Civil Veterinary Dept. Bombay admin report 1923-31 - 1923-1931
Year: 1923
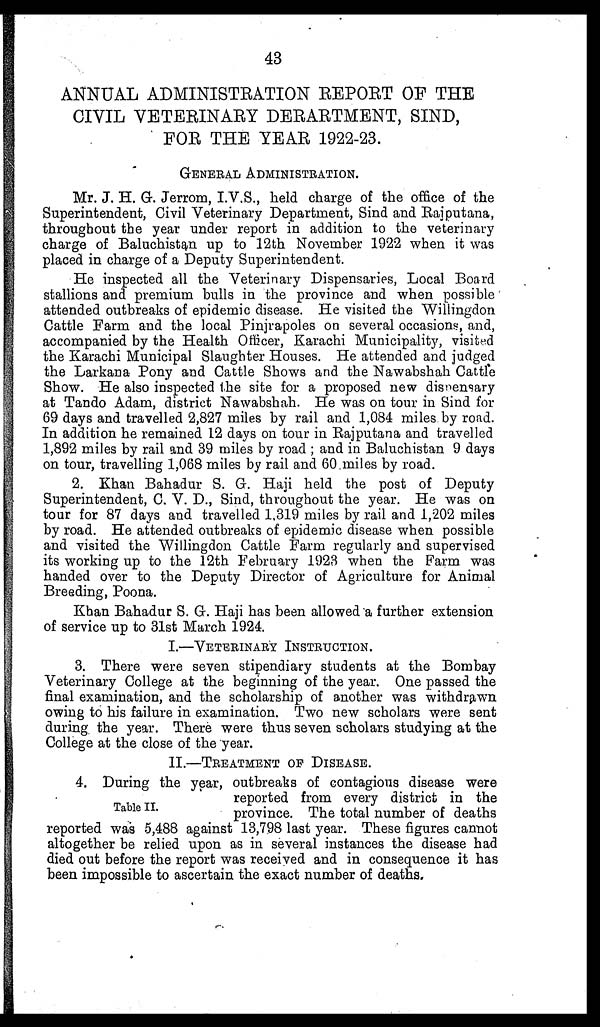
43
ANNUAL ADMINISTRATION REPORT OF THE
CIVIL VETERINARY DEPARTMENT, SIND,
FOR THE YEAR 1922-23.
GENERAL ADMINISTRATION.
Mr. J. H. Gr. Jerrom, I.V.S., held charge of the office of the
Superintendent, Civil Veterinary Department, Sind and Rajputana,
throughout the year under report in addition to the veterinary
charge of Baluchistan up to 12th November 1922 when it was
placed in charge of a Deputy Superintendent.
He inspected all the Veterinary Dispensaries, Local Board
stallions and premium bulls in the province and when possible
attended outbreaks of epidemic disease. He visited the Willingdon
Cattle Farm and the local Pinjrapoles on several occasions, and,
accompanied by the Health Officer, Karachi Municipality, visited
the Karachi Municipal Slaughter Houses. He attended and judged
the Larkana Pony and Cattle Shows and the Nawabshah Cattle
Show, He also inspected the site for a proposed new dispensary
at Tando Adam, district Nawabshah. He was on tour in Sind for
69 days and travelled 2,827 miles by rail and 1,084 miles by road.
In addition he remained 12 days on tour in Rajputana and travelled
1,892 miles by rail and 39 miles by road ; and in Baluchistan 9 days
on tour, travelling 1,068 miles by rail and 60 miles by road.
2. Khan Bahadur S. G. Haji held the post of Deputy
Superintendent, C. V. D., Sind, throughout the year. He was on
tour for 87 days and travelled 1,319 miles by rail and 1,202 miles
by road. He attended outbreaks of epidemic disease when possible
and visited the Willingdon Cattle Farm regularly and supervised
its working up to the 12th February 1923 when the Farm was
handed over to the Deputy Director of Agriculture for Animal
Breeding, Poona.
Khan Bahadur S. G. Haji has been allowed a further extension
of service up to 31st March 1924.
I.—VETERINARY INSTRUCTION.
3. There were seven stipendiary students at the Bombay
Veterinary College at the beginning of the year. One passed the
final examination, and the scholarship of another was withdrawn
owing to his failure in examination. Two new scholars were sent
during the year. There were thus seven scholars studying at the
College at the close of the year.
II.—TREATMENT OF DISEASE.
Table II.
4. During the year, outbreaks of contagious disease were
reported from every district in the
province. The total number of deaths
reported was 5,488 against 13,798 last year. These figures cannot
altogether be relied upon as in several instances the disease had
died out before the report was received and in consequence it has
been impossible to ascertain the exact number of deaths.